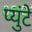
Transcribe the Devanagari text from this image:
प्युंटे